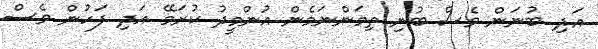
އަދި ބުނަން ވެސް ބުނި ތިމަންނަމެން އުންމީދު ކުރަމޭ އަދި ފަހުން ވެސް